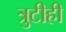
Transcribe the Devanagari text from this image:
त्रुटीही